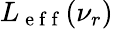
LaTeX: L_{\mathrm{~e~f~f~}}(\nu_{r})